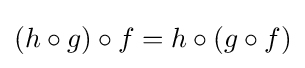
(h\circ g)\circ f=h\circ (g\circ f)